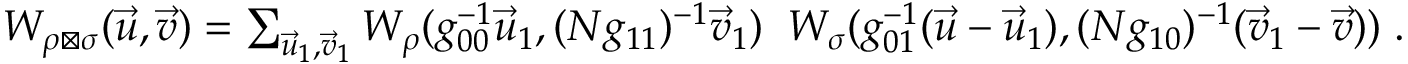
\begin{array} { r } { W _ { \rho \boxtimes \sigma } ( \vec { u } , \vec { v } ) = \sum _ { \vec { u } _ { 1 } , \vec { v } _ { 1 } } W _ { \rho } ( g _ { 0 0 } ^ { - 1 } \vec { u } _ { 1 } , ( N g _ { 1 1 } ) ^ { - 1 } \vec { v } _ { 1 } ) \; \; W _ { \sigma } ( g _ { 0 1 } ^ { - 1 } ( \vec { u } - \vec { u } _ { 1 } ) , ( N g _ { 1 0 } ) ^ { - 1 } ( \vec { v } _ { 1 } - \vec { v } ) ) \; . } \end{array}